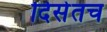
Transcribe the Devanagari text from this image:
दिसेतच